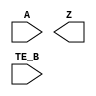
module sky130_fd_sc_lp__einvn (
    //# {{data|Data Signals}}
    input  A   ,
    output Z   ,

    //# {{control|Control Signals}}
    input  TE_B
);

    // Voltage supply signals
    supply1 VPWR;
    supply0 VGND;
    supply1 VPB ;
    supply0 VNB ;

endmodule